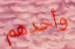
وأحدهم